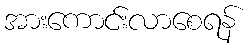
အားကောင်းလာစေရန်